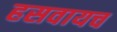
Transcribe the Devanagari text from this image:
हसवायच